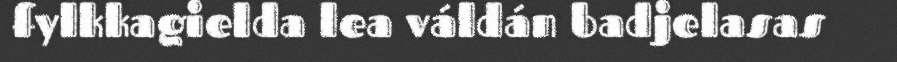
fylkkagielda lea váldán badjelasas